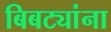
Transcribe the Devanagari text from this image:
बिबट्यांना